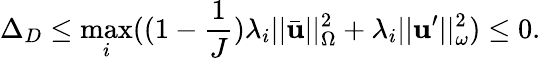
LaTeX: \Delta_{D}\leq\operatorname*{max}_{i}((1-\frac{1}{J})\lambda_{i}||\bar{\mathbf{u}}||_{\Omega}^{2}+\lambda_{i}||\mathbf{u}^{\prime}||_{\omega}^{2})\leq 0.